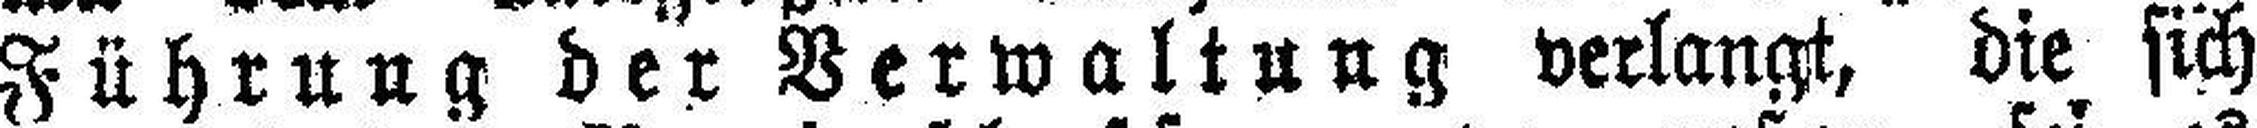
Führung der Verwaltung verlangt, die sich